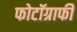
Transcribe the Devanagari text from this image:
फोटॉग्राफी